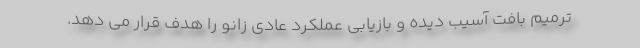
ترمیم بافت آسیب دیده و بازیابی عملکرد عادی زانو را هدف قرار می دهد.